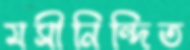
মসীনিন্দিত